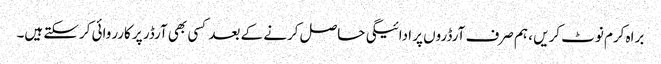
براہ کرم نوٹ کریں ، ہم صرف آرڈروں پر ادائیگی حاصل کرنے کے بعد کسی بھی آرڈر پر کارروائی کرسکتے ہیں۔